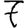
Digit: 7